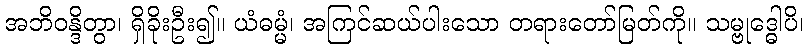
အဘိဝန္ဒိတွာ၊ ရှိခိုးဦး၍။ ယံဓမ္မံ၊ အကြင်ဆယ်ပါးသော တရားတော်မြတ်ကို။ သမ္ဗုဒ္ဓေါပိ၊